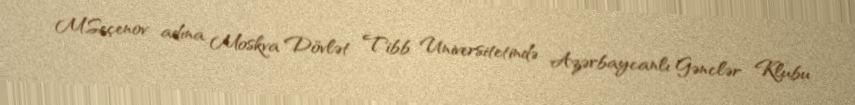
M.Seçenov adına Moskva Dövlət Tibb Universitetində Azərbaycanlı Gənclər Klubu